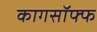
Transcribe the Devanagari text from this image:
कागसॉफ्फ